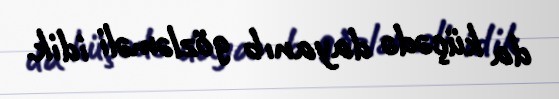
da küçədə dayanıb gözləməli idik.